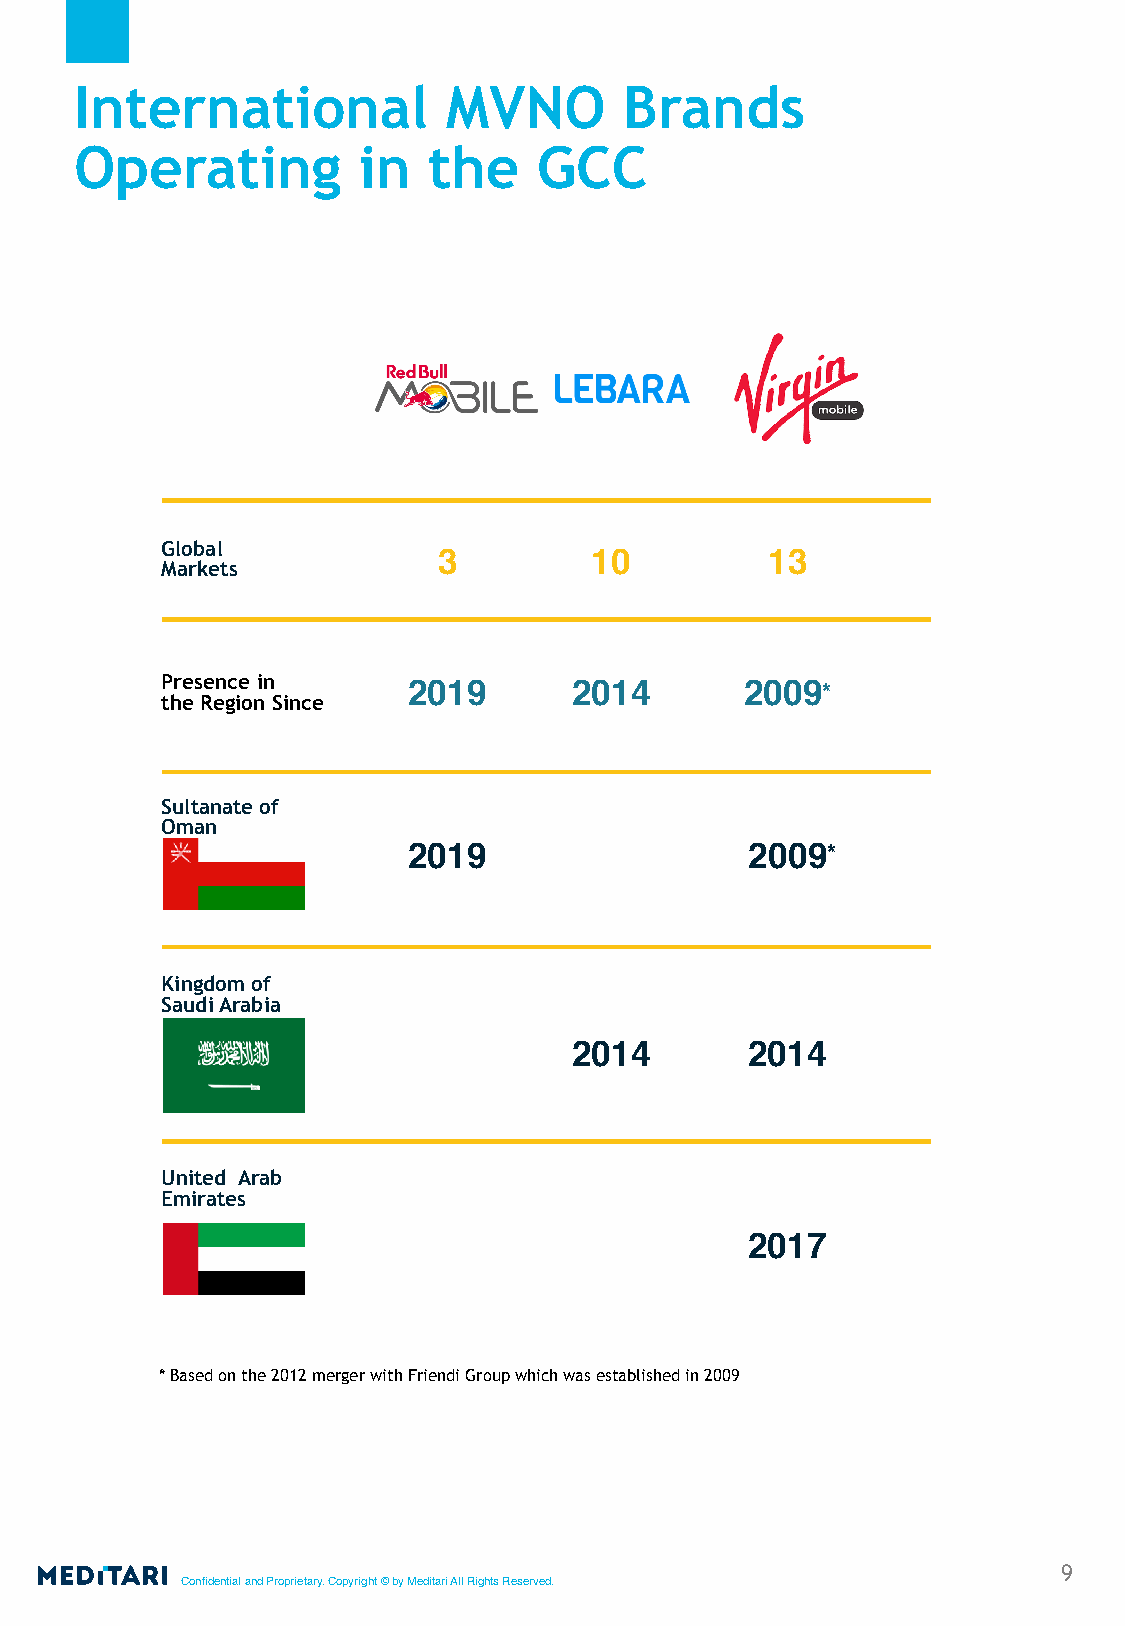
International            MVNO       Brands
 Operating          in  the     GCC
 Global
 3         10          13
 Markets
 Presence in     2019       2014       2009*
 the Region Since
 Sultanate of
 Oman
 2019                   2009*
 Kingdom of
 Saudi Arabia
 2014        2014
 United Arab
 Emirates
 2017
 * Based on the 2012 merger with Friendi Group which was established in 2009
 9
 Confidential and Proprietary. Copyright © by Meditari All Rights Reserved.